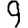
Digit: 9